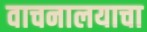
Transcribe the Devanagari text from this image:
वाचनालयाचा